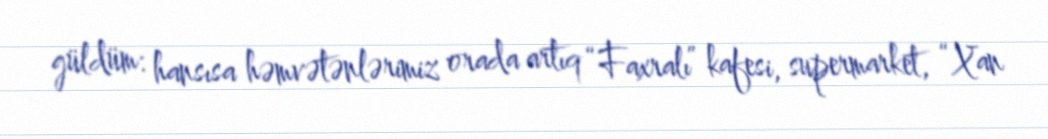
güldüm: hansısa həmvətənlərimiz orada artıq “Faxralı” kafesi, supermarket, “Xan